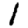
Digit: 1